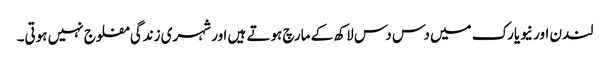
لندن اور نیویارک میں دس دس لاکھ کے مارچ ہوتے ہیں اور شہری زندگی مفلوج نہیں ہوتی۔